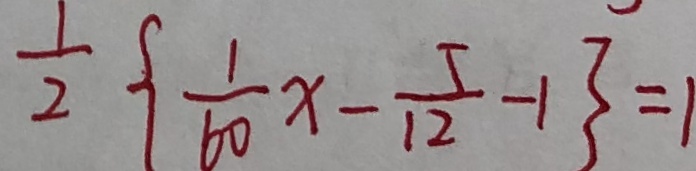
\frac { 1 } { 2 } \{ \frac { 1 } { 6 0 } x - \frac { 5 } { 1 2 } - 1 \} = 1